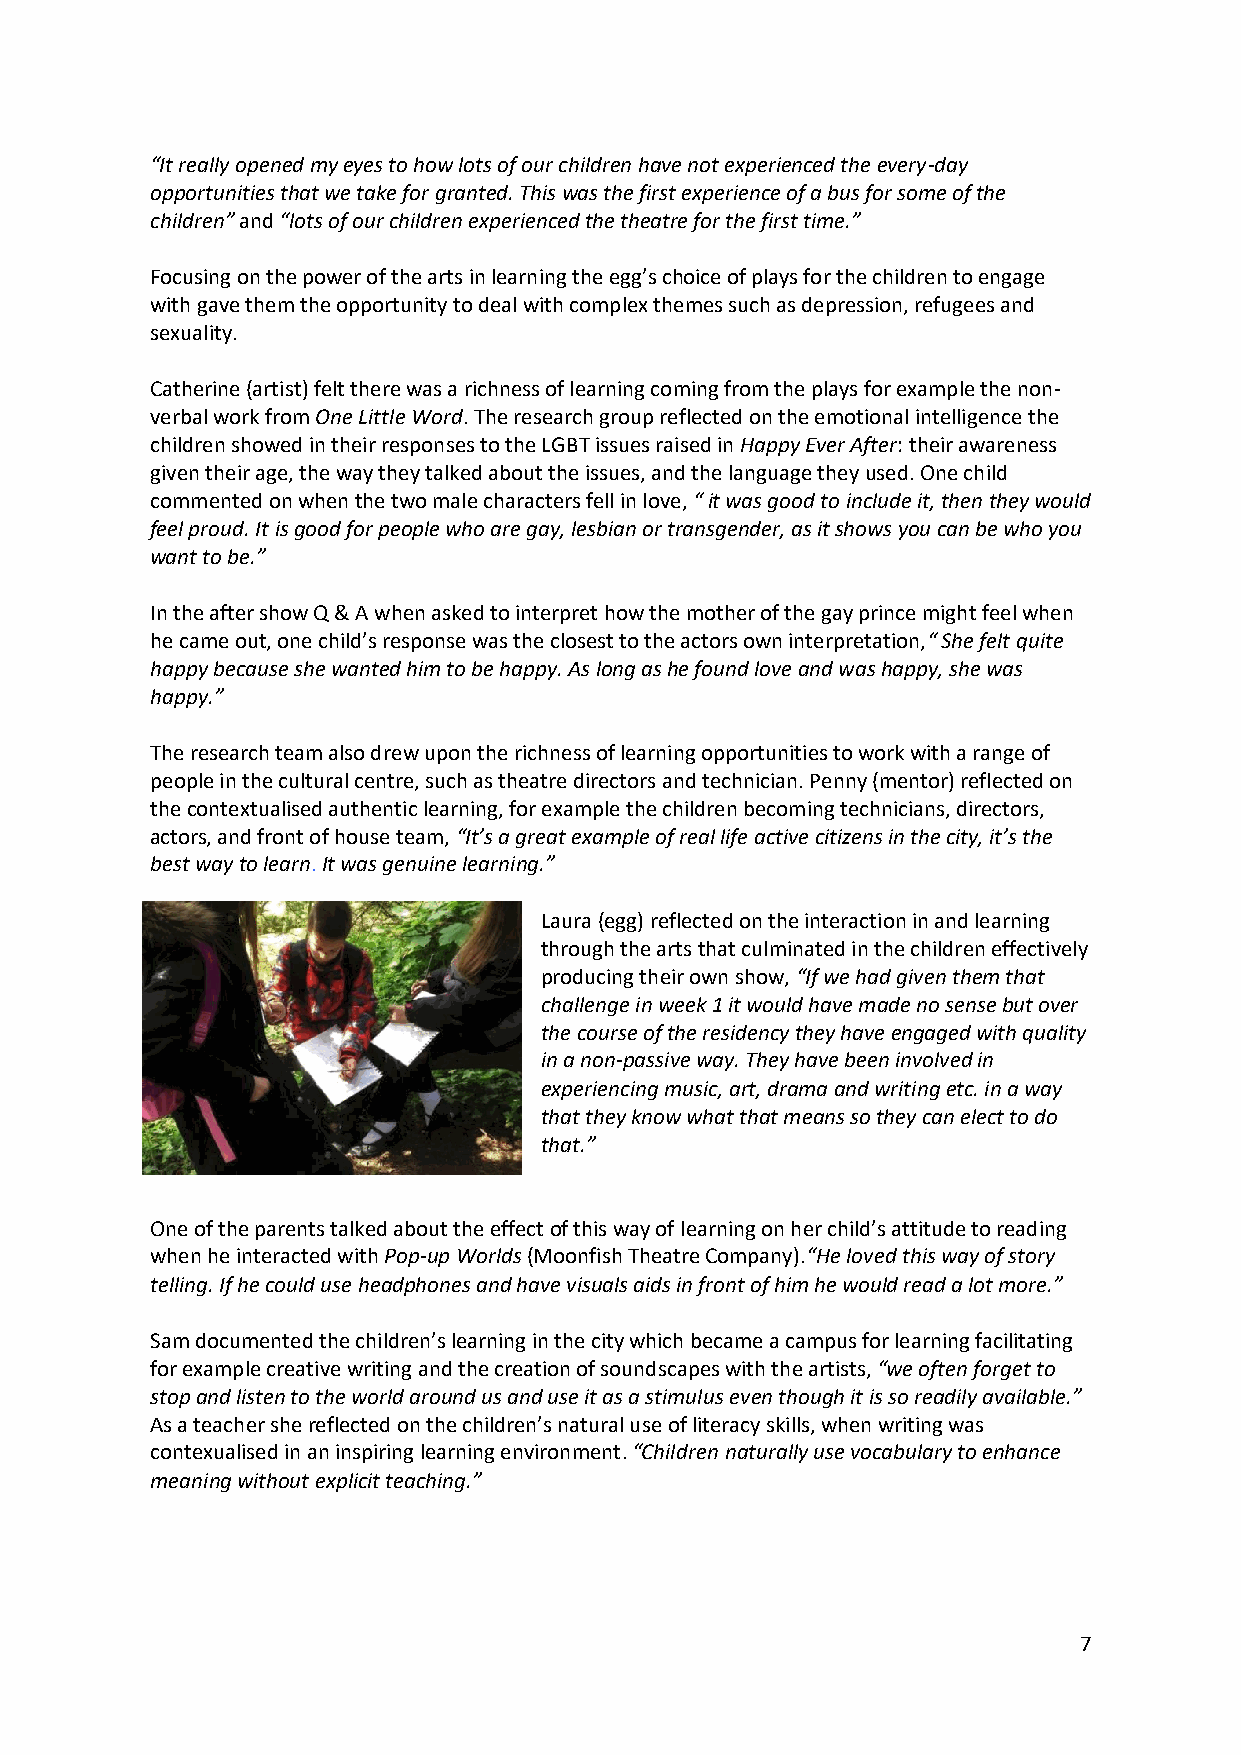
“It really opened my eyes to how lots of our children have not experienced the every-day
 opportunities that we take for granted. This was the first experience of a bus for some of the
 children” and “lots of our children experienced the theatre for the first time.”
 Focusing on the power of the arts in learning the egg’s choice of plays for the children to engage
 with gave them the opportunity to deal with complex themes such as depression, refugees and
 sexuality.
 Catherine (artist) felt there was a richness of learning coming from the plays for example the non-
 verbal work from One Little Word. The research group reflected on the emotional intelligence the
 children showed in their responses to the LGBT issues raised in Happy Ever After: their awareness
 given their age, the way they talked about the issues, and the language they used. One child
 commented on when the two male characters fell in love, “ it was good to include it, then they would
 feel proud. It is good for people who are gay, lesbian or transgender, as it shows you can be who you
 want to be.”
 In the after show Q & A when asked to interpret how the mother of the gay prince might feel when
 he came out, one child’s response was the closest to the actors own interpretation,“ She felt quite
 happy because she wanted him to be happy. As long as he found love and was happy, she was
 happy.”
 The research team also drew upon the richness of learning opportunities to work with a range of
 people in the cultural centre, such as theatre directors and technician. Penny (mentor) reflected on
 the contextualised authentic learning, for example the children becoming technicians, directors,
 actors, and front of house team, “It’s a great example of real life active citizens in the city, it’s the
 best way to learn. It was genuine learning.”
 Laura (egg) reflected on the interaction in and learning
 through the arts that culminated in the children effectively
 producing their own show, “If we had given them that
 challenge in week 1 it would have made no sense but over
 the course of the residency they have engaged with quality
 in a non-passive way. They have been involved in
 experiencing music, art, drama and writing etc. in a way
 that they know what that means so they can elect to do
 that.”
 One of the parents talked about the effect of this way of learning on her child’s attitude to reading
 when he interacted with Pop-up Worlds (Moonfish Theatre Company).“He loved this way of story
 telling. If he could use headphones and have visuals aids in front of him he would read a lot more.”
 Sam documented the children’s learning in the city which became a campus for learning facilitating
 for example creative writing and the creation of soundscapes with the artists, “we often forget to
 stop and listen to the world around us and use it as a stimulus even though it is so readily available.”
 As a teacher she reflected on the children’s natural use of literacy skills, when writing was
 contexualised in an inspiring learning environment. “Children naturally use vocabulary to enhance
 meaning without explicit teaching.”
 7